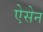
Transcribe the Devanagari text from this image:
ऐसेन